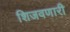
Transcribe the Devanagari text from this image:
शिजवणारी